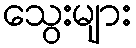
သွေးများ